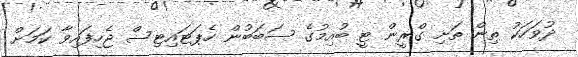
ދުވަހަކު ތިން ތަށި ގްރީން ޓީ ބުއިމުގެ ސަބަބުން ހެޕަޓައިޓިސް ޖެހިފައިވާ ކަމަށް